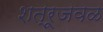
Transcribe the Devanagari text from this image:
शत्रूजवळ